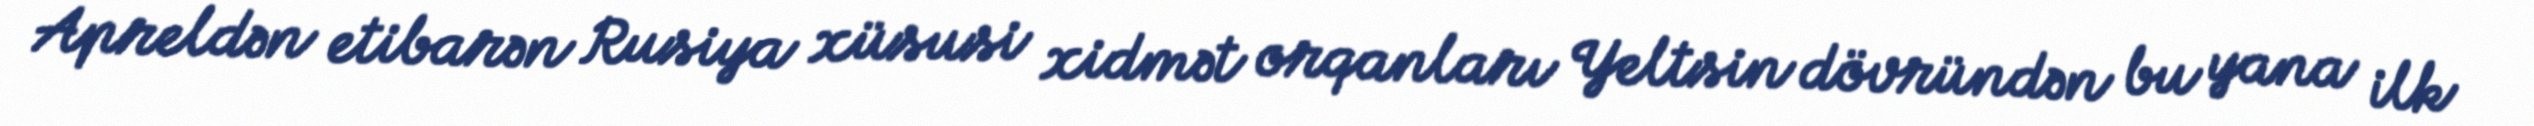
Apreldən etibarən Rusiya xüsusi xidmət orqanları Yeltsin dövründən bu yana ilk